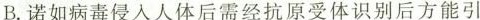
B.诺如病毒侵入人体后需经抗原受体识别后方能引